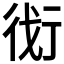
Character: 𬠾